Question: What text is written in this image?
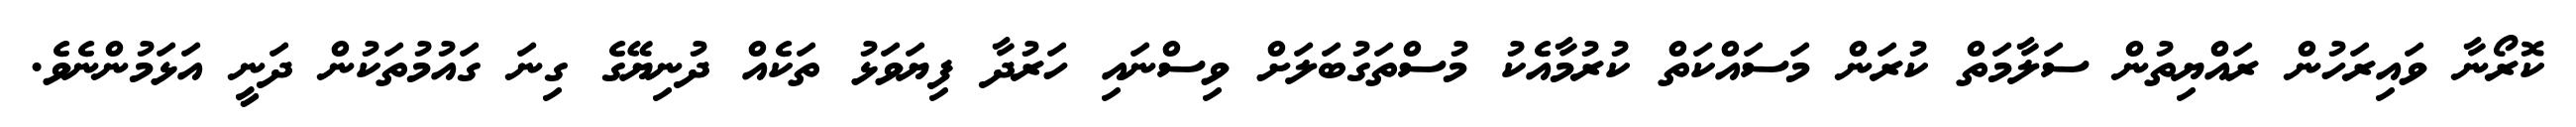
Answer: ކޮރޯނާ ވައިރަހުން ރައްޔިތުން ސަލާމަތް ކުރަން މަސައްކަތް ކުރުމާއެކު މުސްތަގުބަލަށް ވިސްނައި ހަރުދާ ފިޔަވަޅު ތަކެއް ދުނިޔޭގެ ގިނަ ގައުމުތަކުން ދަނީ އަޅަމުންނެވެ.